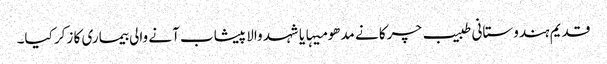
قدیم ہندوستانی طبیب چرکا نے مدھو میہا یا شہد والا پیشاب آنے والی بیماری کا زکر کیا۔